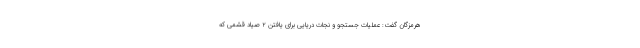
هرمزگان گفت: عملیات جستجو و نجات دریایی برای یافتن ۲ صیاد قشمی که